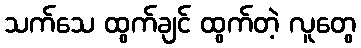
သက်သေ ထွက်ချင် ထွက်တဲ့ လူတွေ